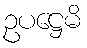
ဥပဋ္ဌေမိ